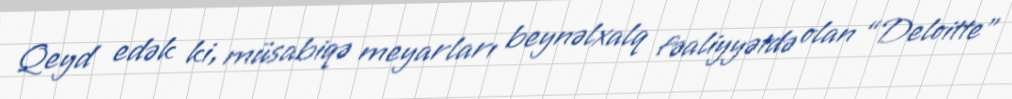
Qeyd edək ki, müsabiqə meyarları beynəlxalq fəaliyyətdə olan “Deloitte”